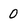
Character: 0